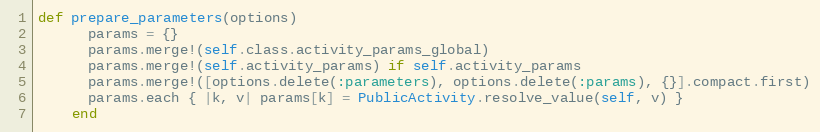
Language: Ruby
def prepare_parameters(options)
      params = {}
      params.merge!(self.class.activity_params_global)
      params.merge!(self.activity_params) if self.activity_params
      params.merge!([options.delete(:parameters), options.delete(:params), {}].compact.first)
      params.each { |k, v| params[k] = PublicActivity.resolve_value(self, v) }
    end